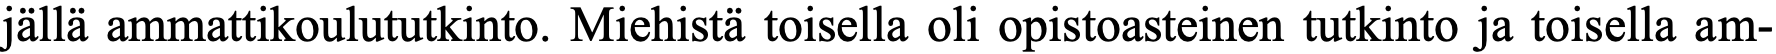
jällä ammattikoulututkinto. Miehistä toisella oli opistoasteinen tutkinto ja toisella am-